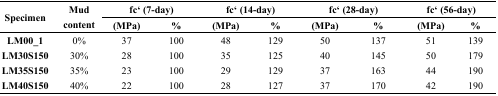
<table><thead><tr><td rowspan="2"><b>Specimen</b></td><td rowspan="2"><b>Mud content</b></td><td colspan="2"><b>fc‘ (7-day)</b></td><td colspan="2"><b>fc‘ (14-day)</b></td><td colspan="2"><b>fc‘ (28-day)</b></td><td colspan="2"><b>fc‘ (56-day)</b></td></tr><tr><td><b>(MPa)</b></td><td><b>%</b></td><td><b>(MPa)</b></td><td><b>%</b></td><td><b>(MPa)</b></td><td><b>%</b></td><td><b>(MPa)</b></td><td><b>%</b></td></tr></thead><tbody><tr><td><b>LM00_1</b></td><td>0%</td><td>37</td><td>100</td><td>48</td><td>129</td><td>50</td><td>137</td><td>51</td><td>139</td></tr><tr><td><b>LM30S150</b></td><td>30%</td><td>28</td><td>100</td><td>35</td><td>125</td><td>40</td><td>145</td><td>50</td><td>179</td></tr><tr><td><b>LM35S150</b></td><td>35%</td><td>23</td><td>100</td><td>29</td><td>129</td><td>37</td><td>163</td><td>44</td><td>190</td></tr><tr><td><b>LM40S150/</b></td><td>40%</td><td>22</td><td>100</td><td>28</td><td>127</td><td>37</td><td>170</td><td>42</td><td>190</td></tr></tbody></table>